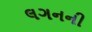
લગનની